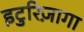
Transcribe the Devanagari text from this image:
इटुरिज़ागा